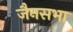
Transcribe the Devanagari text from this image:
जैनसभा